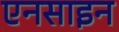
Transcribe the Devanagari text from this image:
एनसाइन